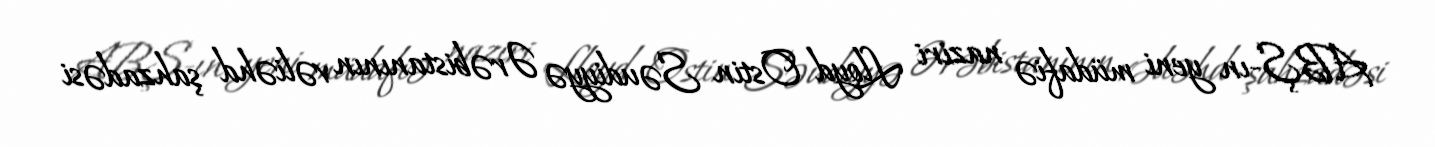
ABŞ-ın yeni müdafiə naziri Lloyd Ostin Səudiyyə Ərəbistanının vəliəhd şahzadəsi